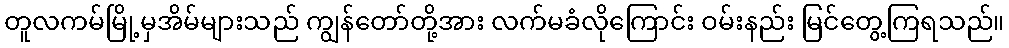
တူလကမ်မြို့မှအိမ်များသည် ကျွန်တော်တို့အား လက်မခံလိုကြောင်း ဝမ်းနည်း မြင်တွေ့ကြရသည်။